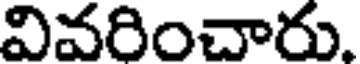
వివరించారు.